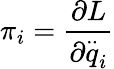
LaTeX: \pi_{i}=\frac{\partial L}{\partial\stackrel{..}{q}_{i}}